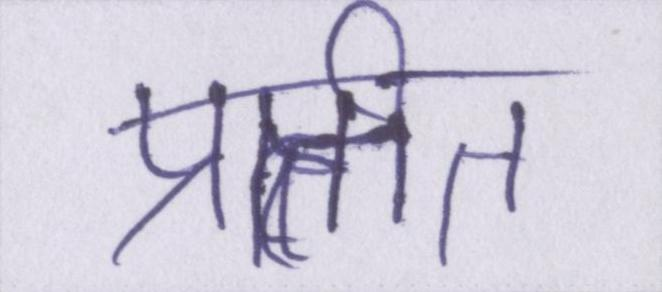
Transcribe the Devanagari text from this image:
प्रतीत